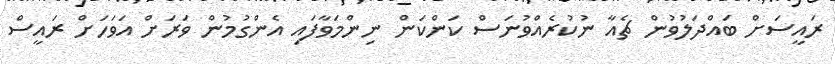
ރައީސަށް ބައްދަލުވުން ޗެއާ ނުކުރެއްވުނަސް ކަންކަން ނިންމަވާފައި އެންގުމުން ވަރަށް އަވަހަށް ރައީސް